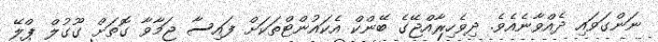
ނަންގަވައި ދެއްވާނެއެވެ. ދިވެހިރާއްޖޭގެ ބޭންކް އެކައުންޓްތަކަށް ފައިސާ ޖަމާވާ ގޮތަށް ގޫގުލް ޕްލޭ